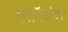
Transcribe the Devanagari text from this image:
ब्लॉगवेयर